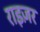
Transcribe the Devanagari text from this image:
राइज़र